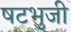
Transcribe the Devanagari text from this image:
षटभुजी